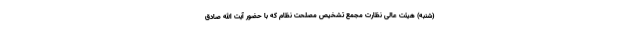
(شنبه) هیئت عالی نظارت مجمع تشخیص مصلحت نظام که با حضور آیت الله صادق